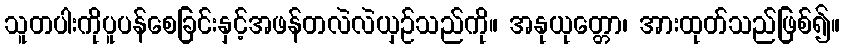
သူတပါးကိုပူပန်စေခြင်းနှင့်အဖန်တလဲလဲယှဉ်သည်ကို။ အနုယုတ္တော၊ အားထုတ်သည်ဖြစ်၍။